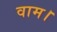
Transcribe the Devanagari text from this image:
वाम।